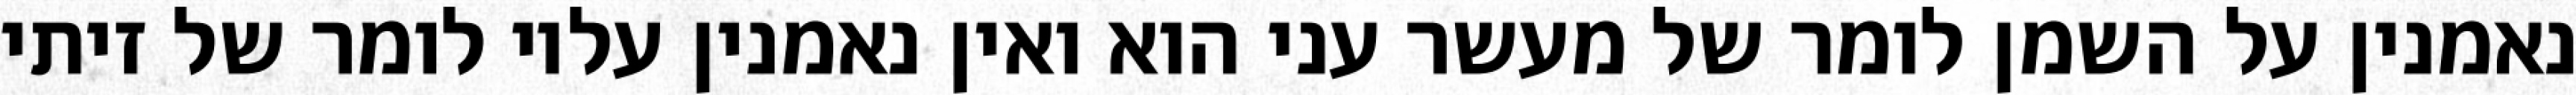
נאמנין על השמן לומר של מעשר עני הוא ואין נאמנין עליו לומר של זיתי